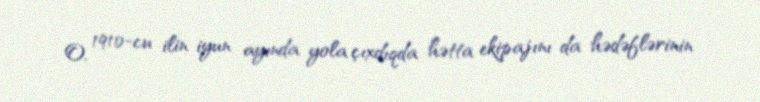
O, 1910-cu ilin iyun ayında yola çıxdıqda hətta ekipajını da hədəflərinin